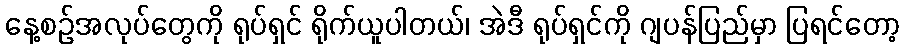
နေ့စဉ်အလုပ်တွေကို ရုပ်ရှင် ရိုက်ယူပါတယ်၊ အဲဒီ ရုပ်ရှင်ကို ဂျပန်ပြည်မှာ ပြရင်တော့